Leningradi_Edasi_toimetus, lk 143
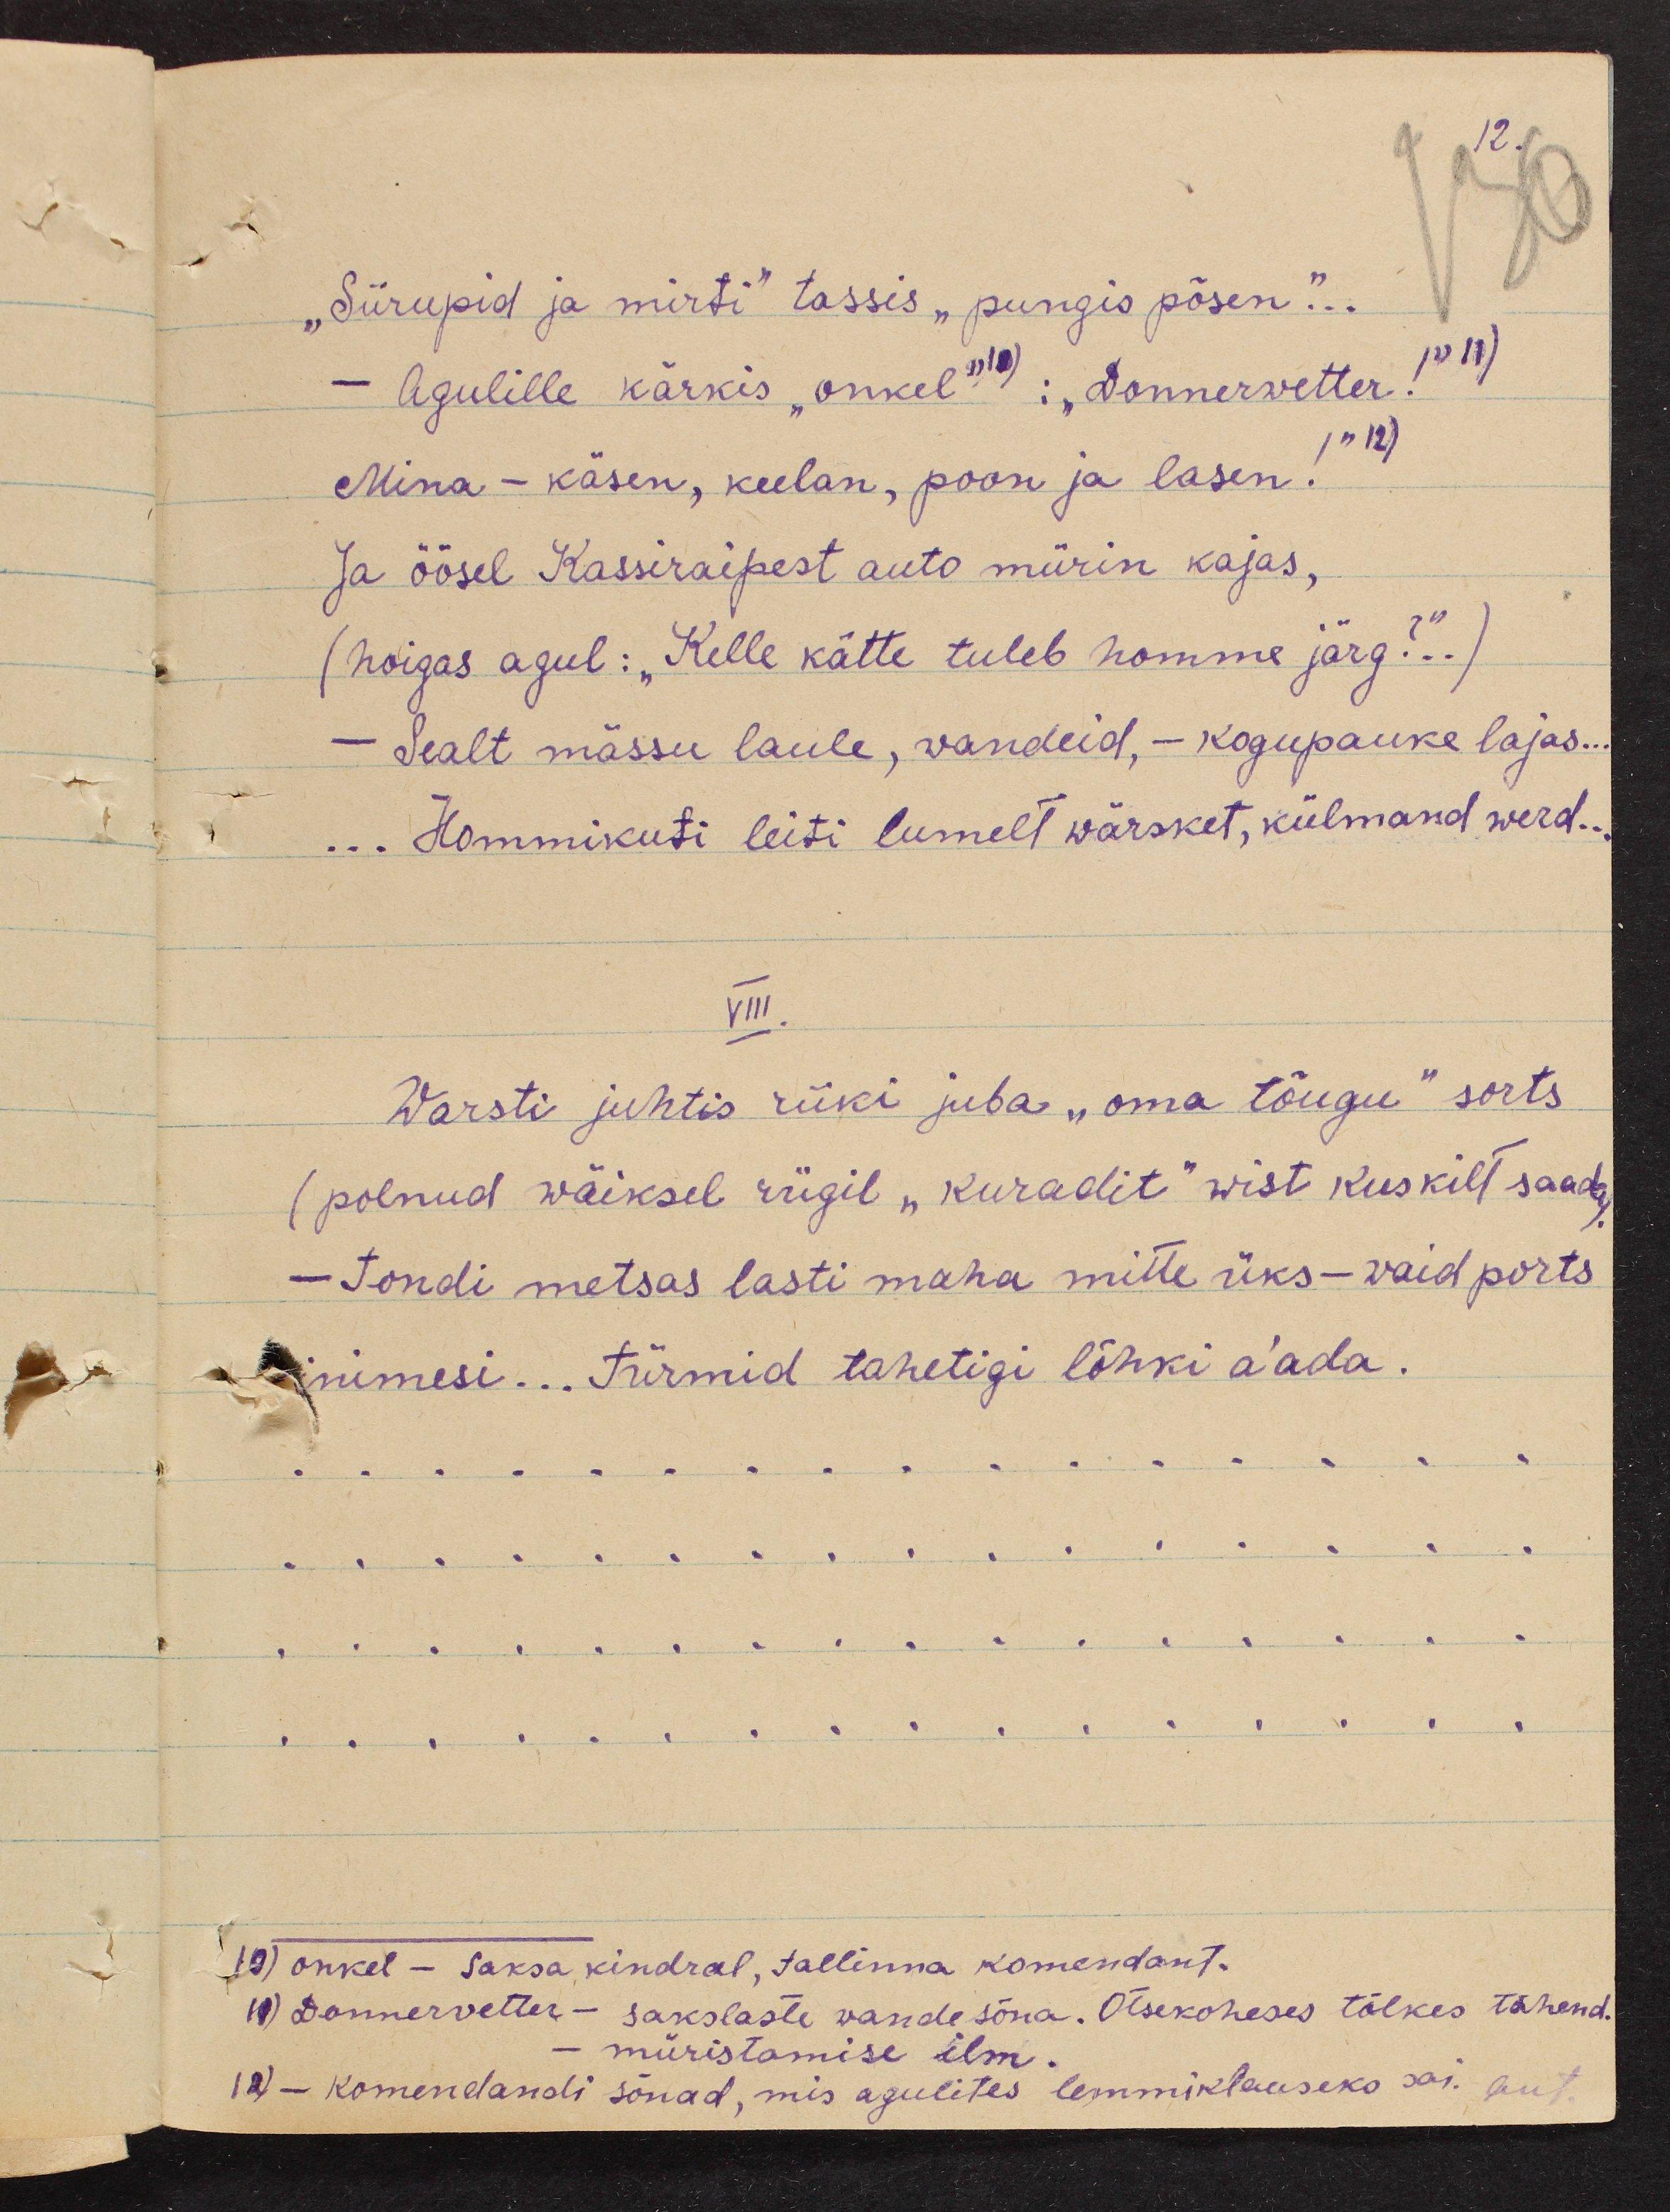
12.
"Siirupid ja mirti" tassis "pungis põsen"...
- Agulille kärkis "Onkel" 10): "Donnerwetter!" 11)
Mina - käsen, keelan, poon ja lasen! " 12)
Ja öösel Kassiraipest auto mürin kajas,
(hoigas agul: "Kelle kätte tuleb homme järg?..)
- Sealt mässu laule, wandeid, - kogupauke lajas...
.. Hommikuti leiti lumelt wärsket, külmand werd...
VIII.
Warsti juhtis riiki juba "oma tõugu" sorts
(polnud wäiksel riigil "kuradit" wist kuskilt saada,
- Tondi metsas lasti maha mitte üks - vaid ports
nimesi... türmid tahetigi lõhki a'ada.
10) onkel - saksa kindral, Tallinna komendant.
11) Donnervetter - sakslaste wande sõna. otsekoheses tõlkes tähend.
- müristamise ilm.
12)- Komendandi sõnad, mis agulites lemmiklauseks sai. aut.